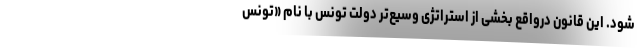
شود. این قانون درواقع بخشی از استراتژی وسیع‌تر دولت تونس با نام «تونس